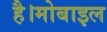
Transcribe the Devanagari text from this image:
है।मोबाइल